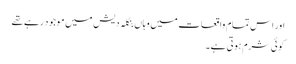
اور اس تمام واقعات میں وہاں بنگلہ دیش میں موجود رہے تھے
کوئی شرم ہوتی ہے ۔